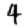
Digit: 4